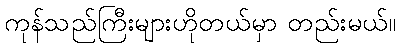
ကုန်သည်ကြီးများဟိုတယ်မှာ တည်းမယ်။